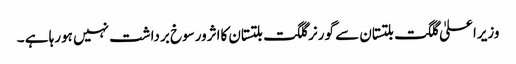
وزیراعلیٰ گلگت بلتستان سے گورنر گلگت بلتستان کااثرورسوخ برداشت نہیں ہورہا ہے ۔